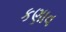
કણાવ